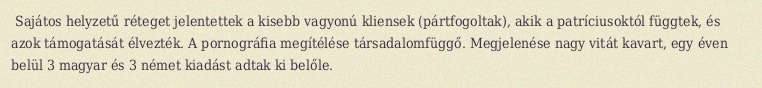
Sajátos helyzetű réteget jelentettek a kisebb vagyonú kliensek (pártfogoltak), akik a patríciusoktól függtek, és azok támogatását élvezték. A pornográfia megítélése társadalomfüggő. Megjelenése nagy vitát kavart, egy éven belül 3 magyar és 3 német kiadást adtak ki belőle.